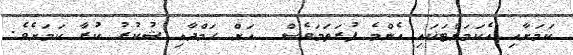
ކަމަަށާއި އެކަމަށްޓަކައި އެންމެ ފުރަތަމަވެސް  އަށް ހަމްދާއި ޝުކުރު ކުރާ ކަމަށެވެ.